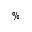
\%